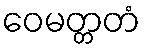
ဝေမတ္တတံ